Epidemic dropsy in Calcutta - Number 49
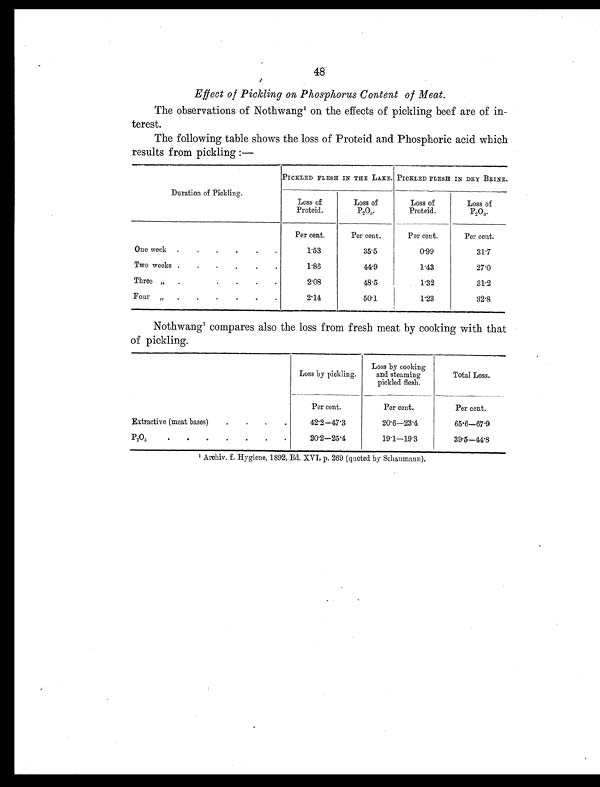
48
Effect of Pickling on Phosphorus Content of Meat.
The observations of Nothwang' on the effects of pickling beef are of in
-terest.
The following table shows the loss of Proteid and Phosphoric acid which
results from pickling:—
Duration of Pickling.
PICKLED FLESH IN THE LAKE. PICKLED FLESH IN DRY BRINE.
Loss of
Proteid.
Loss of
P2O5
Loss of
Proteid.
Loss of
P2O5.
Per cent.
Per cent.
Per cent.
Per cent.
One week .
.
.
.
.
.
1.53
35.5
0.99
31.7
Two weeks .
.
.
.
.
.
1.86
4 4 . 9
1.43
27.0
Three.
.
.
.
.
2.08
48.5
1.32
31.2
Four
.
. .
.
.
2.14
50.1
1.23
32.8
Nothwang' compares also the loss from fresh meat by cooking with that
of pickling.
Loss by pickling.
Loss by cooking
and steaming
pickled flesh.
Total Loss.
Per cent.
Per cent.
Per cent.
Extractive (meat bases)
.
.
,
.
42.2 —47.3
20.6—23.4
65.6—67.9
P20„
.
.
.
.
.
.
.
20.2—25.4
19.1—19.3
39.5—44.8
1Archiv. f. Hygiene, 1892, B1 XVI, p. 269 (quoted by Schaumann).